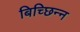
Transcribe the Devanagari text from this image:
बिच्छिन्न